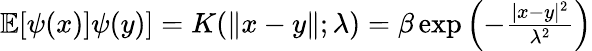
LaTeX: \begin{array}{r}{{\mathbb{E}}[\psi({x})]\psi(y)]=K(\| x-y\| ;\lambda)=\beta\exp\left(-\frac{|x-y|^{2}}{\lambda^{2}}\right)}\end{array}